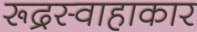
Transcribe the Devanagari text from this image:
रूद्रस्वाहाकार